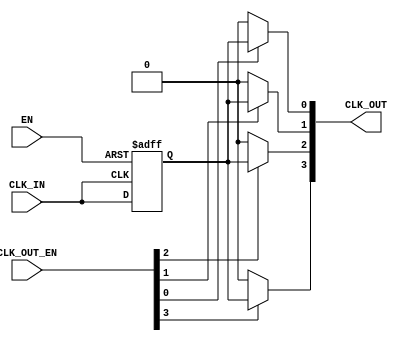
module LowPowerClockBuffer #(
    parameter NUM_OUTPUTS = 4    // Configurable number of outputs
)(
    input wire CLK_IN,            // Input clock
    input wire EN,                // Enable signal
    input wire [NUM_OUTPUTS-1:0] CLK_OUT_EN, // Individual output enable for multiple outputs
    output reg [NUM_OUTPUTS-1:0] CLK_OUT       // Output clocks
);

    // Internal clock register for gated clock
    reg gated_clk;

    // Clock Gating Logic
    always @(posedge CLK_IN or negedge EN) begin
        if (!EN) begin
            gated_clk <= 1'b0; // Disable clock when EN is low
        end else begin
            gated_clk <= CLK_IN; // Pass through clock when enabled
        end
    end

    // Generate outputs based on individual output enable signals
    genvar i;
    generate
        for (i = 0; i < NUM_OUTPUTS; i = i + 1) begin : clock_output_gen
            always @(gated_clk or CLK_OUT_EN[i]) begin
                if (CLK_OUT_EN[i]) begin
                    CLK_OUT[i] <= gated_clk; // Output the gated clock if enabled
                end else begin
                    CLK_OUT[i] <= 1'b0; // Drive output low when not enabled
                end
            end
        end
    endgenerate

endmodule